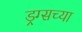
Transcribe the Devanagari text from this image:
ड्रग्सच्या